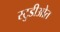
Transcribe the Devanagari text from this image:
स्टुडीओत